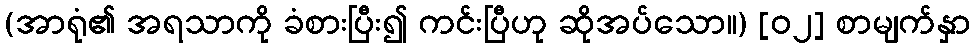
(အာရုံ၏ အရသာကို ခံစားပြီး၍ ကင်းပြီဟု ဆိုအပ်သော။) [၀၂] စာမျက်နှာ